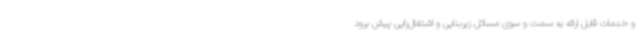
و خدمات قابل ارائه به سمت و سوی مسائل زیربنایی و اشتغال‌زایی پیش برود